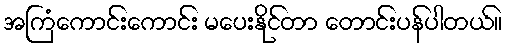
အကြံကောင်းကောင်း မပေးနိုင်တာ တောင်းပန်ပါတယ်။